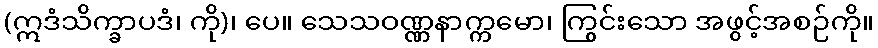
(ဣဒံသိက္ခာပဒံ၊ ကို)၊ ပေ။ သေသဝဏ္ဏနာက္ကမော၊ ကြွင်းသော အဖွင့်အစဉ်ကို။